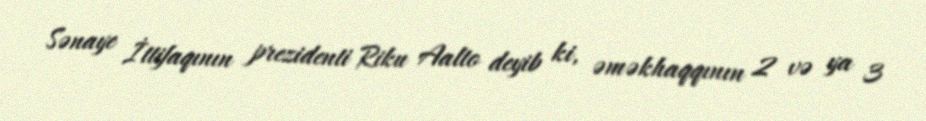
Sənaye İttifaqının prezidenti Riku Aalto deyib ki, əməkhaqqının 2 və ya 3